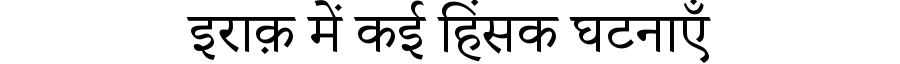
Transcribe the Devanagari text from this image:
इराक़ में कई हिंसक घटनाएँ